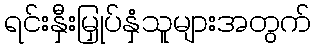
ရင်းနှီးမြှုပ်နှံသူများအတွက်